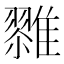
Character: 𱁌